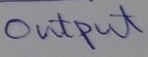
Text: OUTPUT